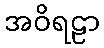
အဝိရဠာ